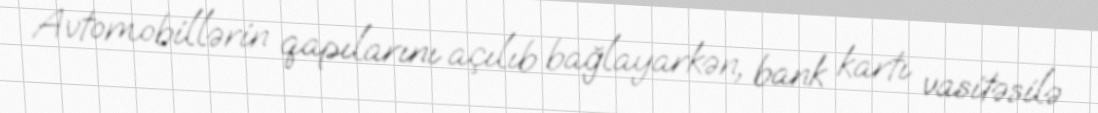
Avtomobillərin qapılarını açılıb bağlayarkən, bank kartı vasitəsilə